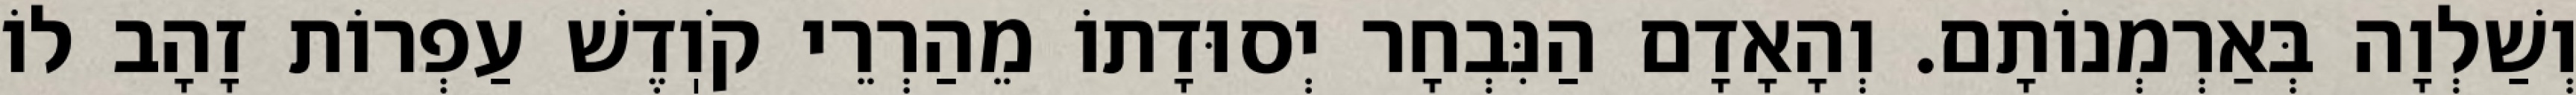
וְשַׁלְוָה בְּאַרְמְנוֹתָם. וְהָאָדָם הַנִּבְחָר יְסוּדָתוֹ מֵהַרְרֵי קֹוֽדֶשׁ עַפְרוֹת זָהָב לוֹ